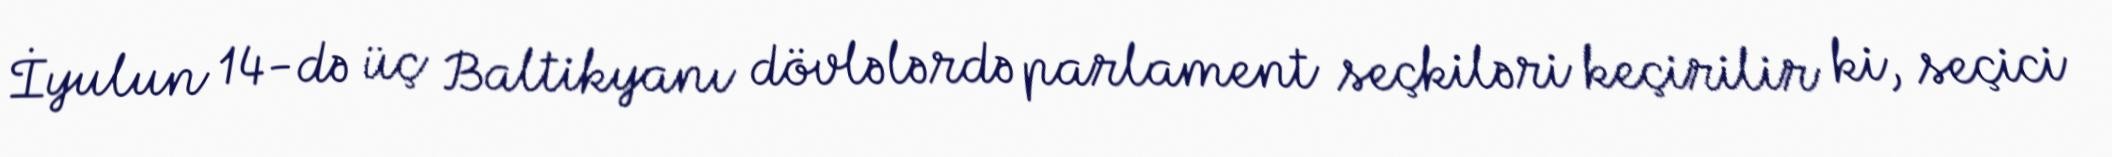
İyulun 14-də üç Baltikyanı dövlələrdə parlament seçkiləri keçirilir ki, seçici